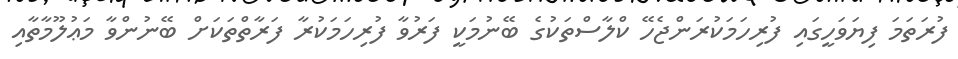
ފުރަތަމަ ފިޔަވަހީގައި ފުރިހަމަކުރަންޖެހޭ ކްލާސްތަކުގެ ބޭނުމަކީ ފަރުވާ ފުރިހަމަކުރާ ފަރާތްތަކަށް ބޭނުންވާ މަޢުލޫމާތާއި